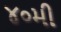
૪૦મી